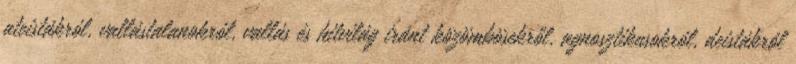
ateistákról, vallástalanokról, vallás és hitvilág iránt közömbösekről, agnosztikusokról, deistákról